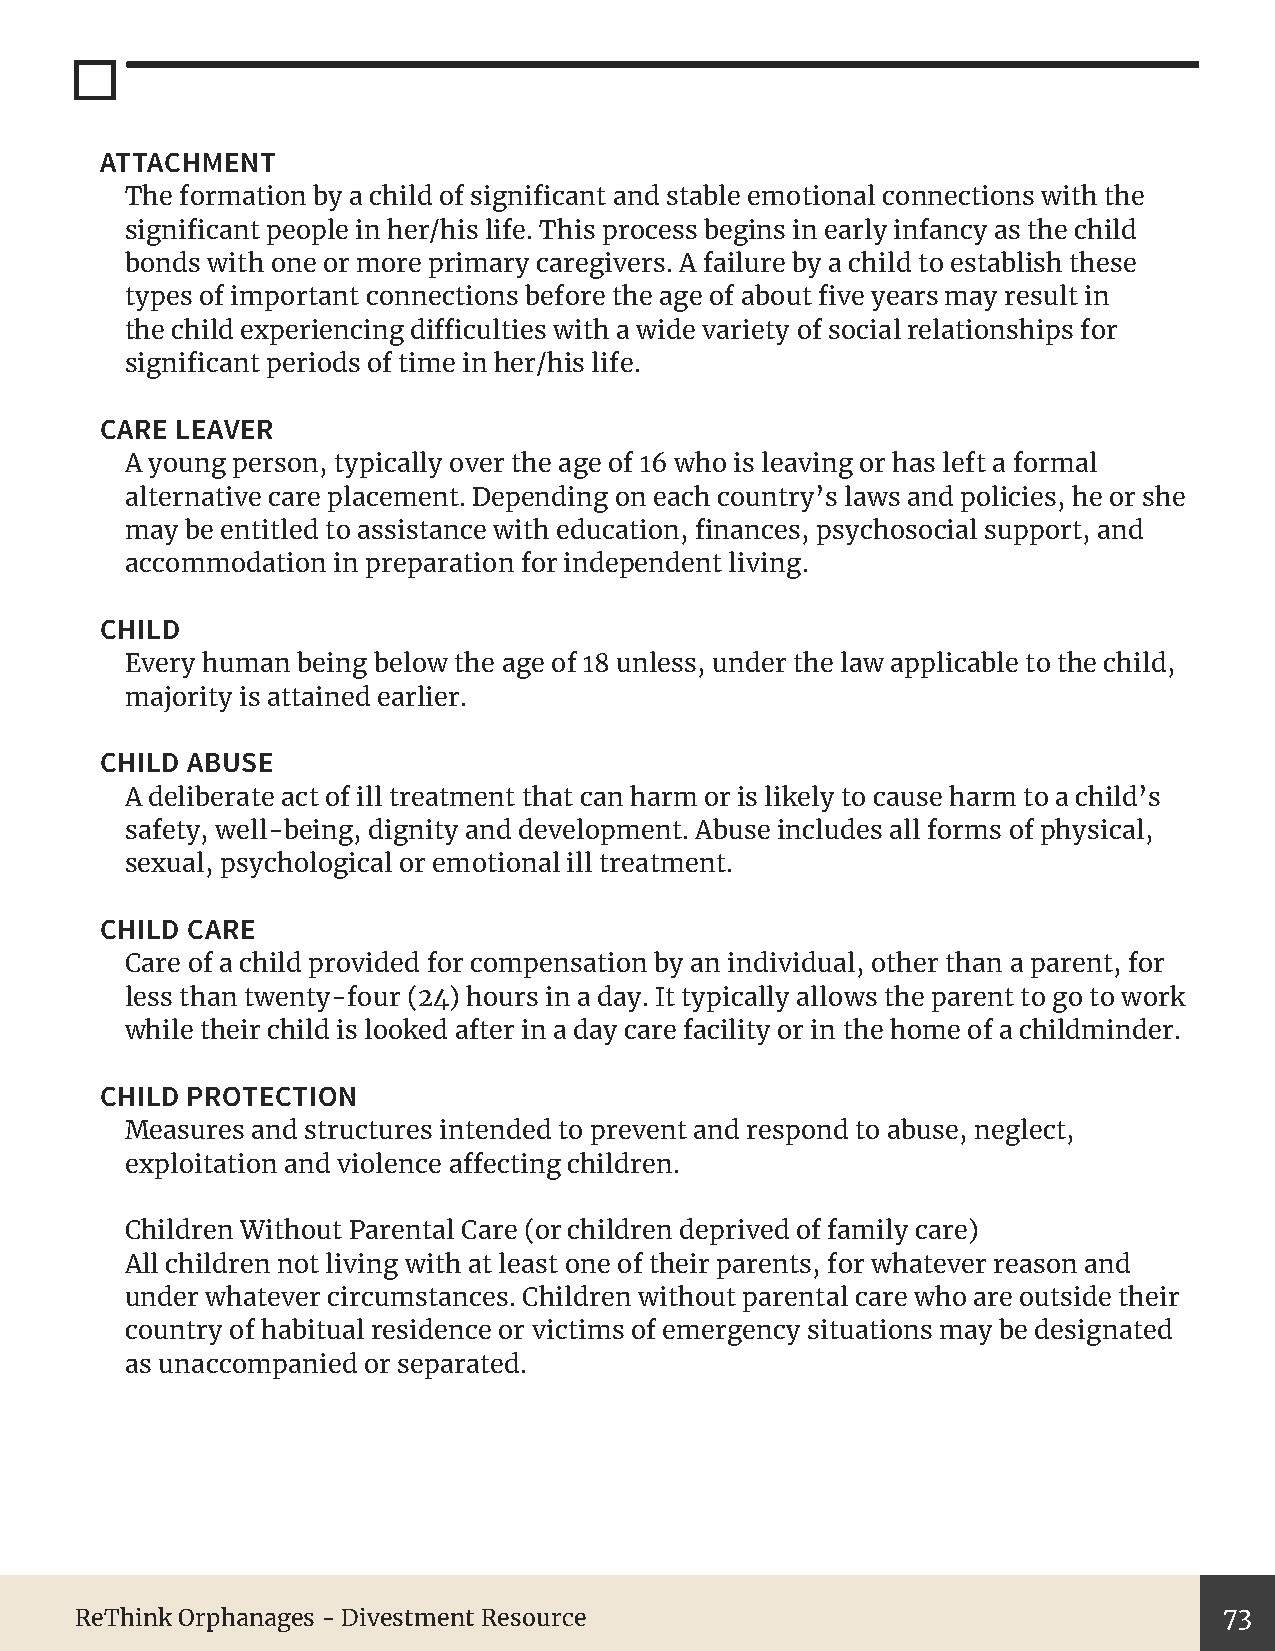
ATTACHMENT
 The formation by a child of significant and stable emotional connections with the
 significant people in her/his life. This process begins in early infancy as the child
 bonds with one or more primary caregivers. A failure by a child to establish these
 types of important connections before the age of about five years may result in
 the child experiencing difficulties with a wide variety of social relationships for
 significant periods of time in her/his life.
 CARE LEAVER
 A young person, typically over the age of 16 who is leaving or has left a formal
 alternative care placement. Depending on each country’s laws and policies, he or she
 may be entitled to assistance with education, finances, psychosocial support, and
 accommodation in preparation for independent living.
 CHILD
 Every human being below the age of 18 unless, under the law applicable to the child,
 majority is attained earlier.
 CHILD ABUSE
 A deliberate act of ill treatment that can harm or is likely to cause harm to a child’s
 safety, well-being, dignity and development. Abuse includes all forms of physical,
 sexual, psychological or emotional ill treatment.
 CHILD CARE
 Care of a child provided for compensation by an individual, other than a parent, for
 less than twenty-four (24) hours in a day. It typically allows the parent to go to work
 while their child is looked after in a day care facility or in the home of a childminder.
 CHILD PROTECTION
 Measures and structures intended to prevent and respond to abuse, neglect,
 exploitation and violence affecting children.
 Children Without Parental Care (or children deprived of family care)
 All children not living with at least one of their parents, for whatever reason and
 under whatever circumstances. Children without parental care who are outside their
 country of habitual residence or victims of emergency situations may be designated
 as unaccompanied or separated.
 ReThink Orphanages - Divestment Resource                                    73